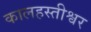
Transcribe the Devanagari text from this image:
कालहस्तीश्वर